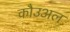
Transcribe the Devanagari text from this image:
कौउअल